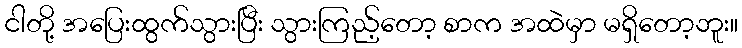
ငါတို့ အပြေးထွက်သွားပြီး သွားကြည့်တော့ စာက အထဲမှာ မရှိတော့ဘူး။